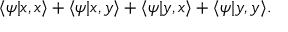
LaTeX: \langle \psi | x , x \rangle + \langle \psi | x , y \rangle + \langle \psi | y , x \rangle + \langle \psi | y , y \rangle .